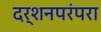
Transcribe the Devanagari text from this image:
दर्शनपरंपरा